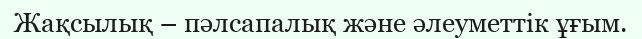
Жақсылық – пәлсапалық және әлеуметтік ұғым.